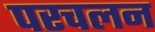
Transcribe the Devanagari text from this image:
परचलन